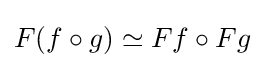
F(f\circ g)\simeq Ff\circ Fg